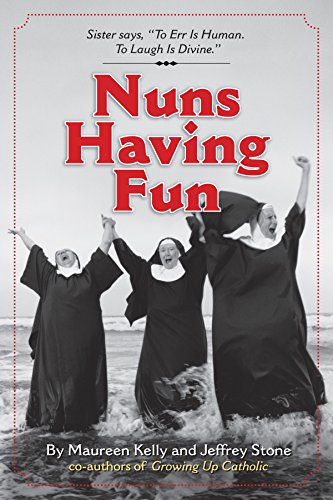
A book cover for Nuns Having Fun; Maureen Kelly; Humor & Entertainment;